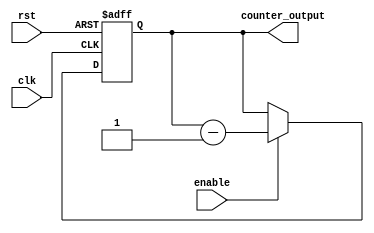
module timing_control_and_sync
(
    input wire clk,
    input wire rst,
    input wire enable,
    output reg [7:0] counter_output
);

reg [7:0] counter_reg;

always @(posedge clk or posedge rst)
begin
    if (rst)
        counter_reg <= 8'hFF; // Set initial value of N
    else if (enable)
        counter_reg <= counter_reg - 1;
end

assign counter_output = counter_reg;

endmodule